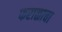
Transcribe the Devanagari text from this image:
फराळाचा